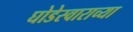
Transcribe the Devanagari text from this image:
घोडेस्वाराच्या